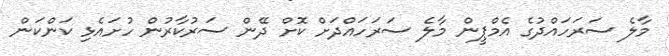
މާލެ ސަރަަހައްދުގެ އެމްޕީން މާލެ ސަރަހައްދަށް ކޮށް ދޭން ސަރުކާރުން ހުށައެޅި ކަންކަން